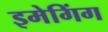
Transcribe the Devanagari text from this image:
इमेगिंग